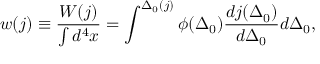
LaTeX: w ( j ) \equiv \frac { W ( j ) } { \int d ^ { 4 } x } = \int ^ { \Delta _ { 0 } ( j ) } \phi ( \Delta _ { 0 } ) \frac { d j ( \Delta _ { 0 } ) } { d \Delta _ { 0 } } d \Delta _ { 0 } ,